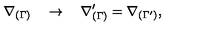
\nabla _ { ( \Gamma ) } \quad \rightarrow \quad \nabla _ { ( \Gamma ) } ^ { \prime } = \nabla _ { ( \Gamma ^ { \prime } ) } ,